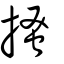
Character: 搔